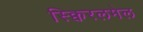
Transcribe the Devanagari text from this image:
स्क्विरलमेल